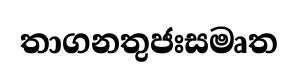
තාගනතුජඃසමෘත